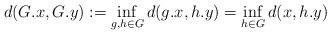
LaTeX: \begin{align*}d(G.x, G.y) := \inf_{g, h \in G} d(g.x, h.y) = \inf_{h \in G} d(x, h.y)\end{align*}